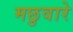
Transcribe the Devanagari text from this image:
मछुवारे